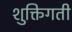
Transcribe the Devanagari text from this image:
शुक्तिगती